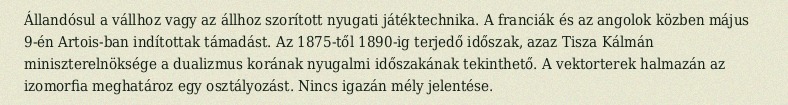
Állandósul a vállhoz vagy az állhoz szorított nyugati játéktechnika. A franciák és az angolok közben május 9-én Artois-ban indítottak támadást. Az 1875-től 1890-ig terjedő időszak, azaz Tisza Kálmán miniszterelnöksége a dualizmus korának nyugalmi időszakának tekinthető. A vektorterek halmazán az izomorfia meghatároz egy osztályozást. Nincs igazán mély jelentése.